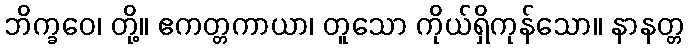
ဘိက္ခဝေ၊ တို့။ ဧကတ္တကာယာ၊ တူသော ကိုယ်ရှိကုန်သော။ နာနတ္တ